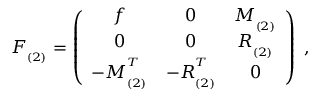
F _ { _ { ( 2 ) } } = \left( \begin{array} { c c c } { { f } } & { { 0 } } & { { M _ { _ { ( 2 ) } } } } \\ { { 0 } } & { { 0 } } & { { R _ { _ { ( 2 ) } } } } \\ { { - M _ { _ { ( 2 ) } } ^ { ^ T } } } & { { - R _ { _ { ( 2 ) } } ^ { ^ T } } } & { { 0 } } \end{array} \right) \; ,